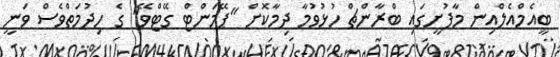
ބީއެމްއެލްއިން މާފުށީގައި ބްރާންޗް ހުޅުވުމާ ދިމާކޮށް "ޕޭމަންޓް ގޭޓްވޭ" ގެ ހިދުމަތްވެސް ވަނީ